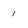
Character: 1